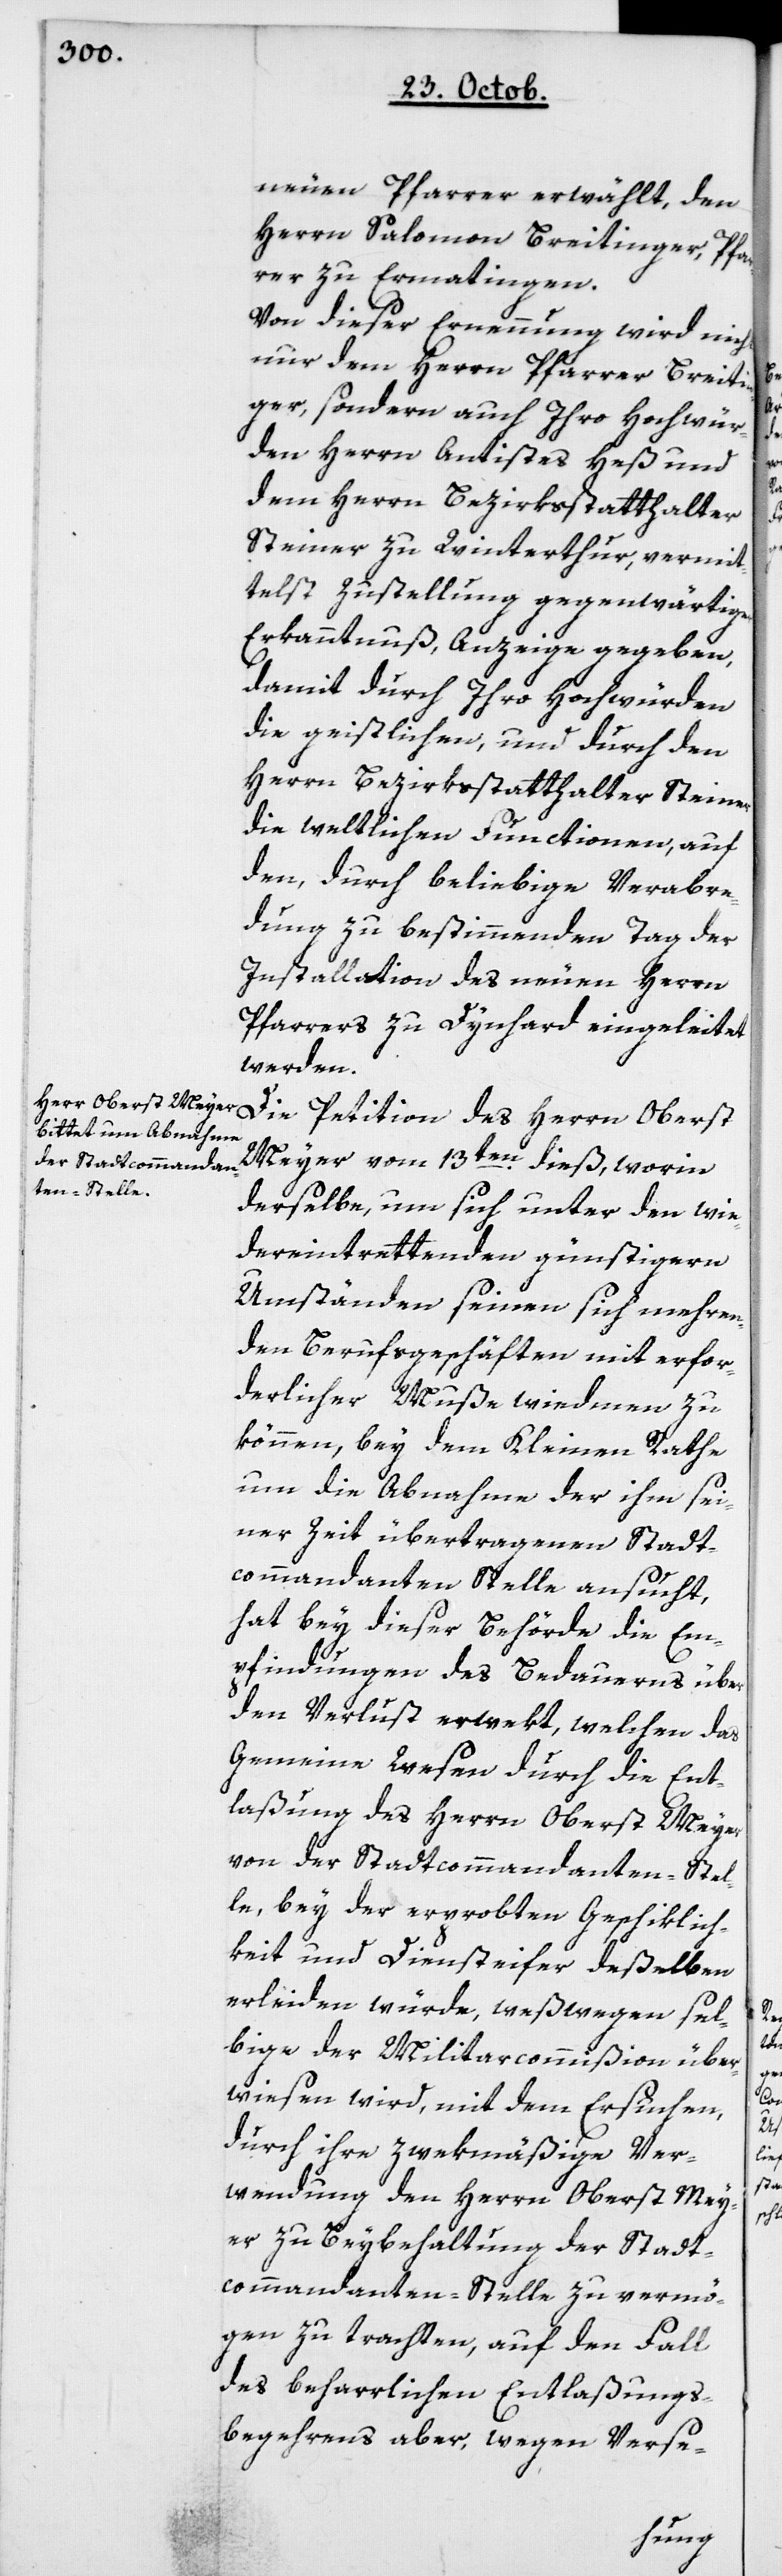
neuen Pfarrer erwählt, den
Pfarrer Salomon Breitinger, Pfar¬
rer zu Ermatingen.
Von dieser Ernennung wird nicht
nur dem Herrn Pfarrer Breiti¬
nger sondern auch ihro Hochwür¬
den Herrn Antistes Heß und
dem Herrn Bezirksstatthalter
Steiner zu Winterthur, vermit¬
telst Zustellung gegenwärtiger
Erkanntnuß Anzeige gegeben,
damit durch Ihro Hochwürden
die Geistlichen, und durch den
Herrn Bezirksstatthalter Steiner
die weltlichen Functionen, auf
den, durch beliebige Verabre¬
dung zu bestimmenden Tag der
Installation des neuen Herrn
Pfarrers zu Dynhard eingeleitet
werden.
Die Petition des Herrn Oberst
Meyer vom 13ten dieß, worinn
derselbe, um sich unter den wie¬
der eintrettenden günstigern
Umständen seinen sich mehren¬
den Berufsgeschäften mit erfor¬
derlicher Muße widmen zu
können, bey dem Kleinen Rathe
um die Abnahme der ihm sei¬
ner Zeit übertragenen Stadt¬
commandanten Stelle ansucht,
hat bey dieser Behörde die Em¬
pfindungen des Bedauerns über
den Verlust erwekt, welchen das
Gemeine Wesen durch die Ent¬
laßung des Herrn Oberst Meyer
von der Stadtkommandanten-Stel¬
le, bey der erprobten Geschiklich¬
keit und Diensteifer deßelben
erleiden würde, weswegen sel¬
bige der Militar-Commißion über¬
wiesen wird, mit dem Ersuchen,
durch ihre zwekmäßige Ver¬
wendung den Herrn Oberst Mey¬
er zu Beybehaltung der Stadt¬
kommandanten-Stelle zu vermö¬
gen zu trachten, auf den Fall
des beharrlichen Entlaßungs¬
begehrens aber, wegen Verse-